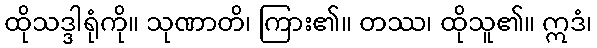
ထိုသဒ္ဒါရုံကို။ သုဏာတိ၊ ကြား၏။ တဿ၊ ထိုသူ၏။ ဣဒံ၊